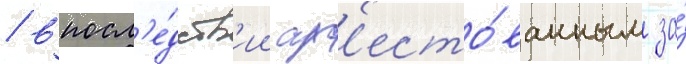
/ впосл'е́дств'ии ар'есто́ванным за́